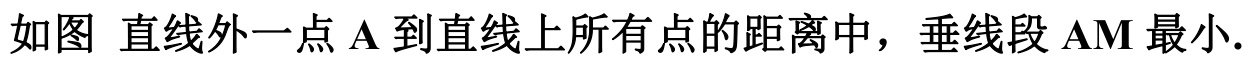
如图 直线外一点\(A\)到直线上所有点的距离中，垂线段\(AM\)最小.